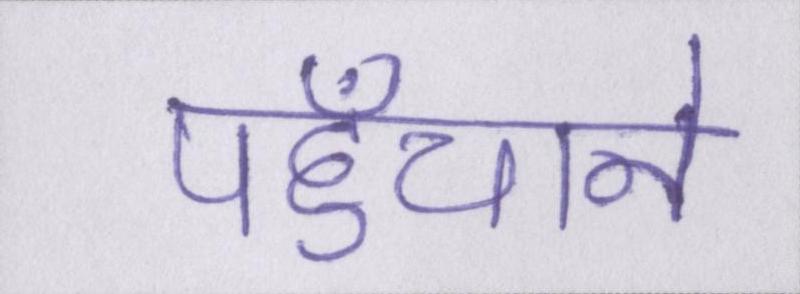
पहुँचाने